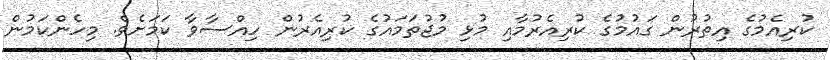
ކުރިއެމުގެ އިތުރުން ގައުމުގެ ކުރިއެރުމާއި މުޅި މުޖުތަމައުގެ ކުރިއެރުން ހިއްސާވާ ކަމަށެވެ. މިހެންކަމުން